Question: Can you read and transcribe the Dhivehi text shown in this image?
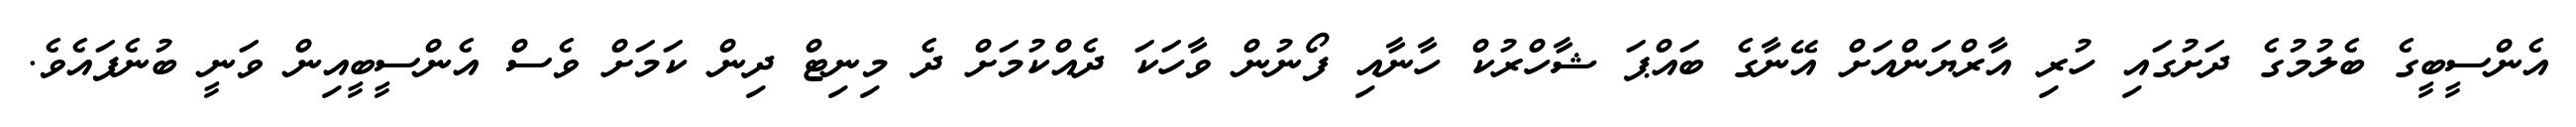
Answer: އެންސީބީގެ ބެލުމުގެ ދަށުގައި ހުރި އާރްޔަންއަށް އޭނާގެ ބައްޕަ ޝާހްރުކް ހާނާއި ފޯނުން ވާހަކަ ދެއްކުމަށް ދެ މިނިޓް ދިން ކަމަށް ވެސް އެންސީބީއިން ވަނީ ބުނެފައެވެ.